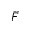
\vec { F }